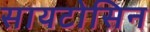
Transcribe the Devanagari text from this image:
सायटोसिन